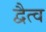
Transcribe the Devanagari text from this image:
द्वैत्व